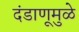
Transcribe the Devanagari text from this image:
दंडाणूमुळे